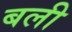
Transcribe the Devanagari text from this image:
बली